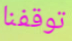
توقفنا